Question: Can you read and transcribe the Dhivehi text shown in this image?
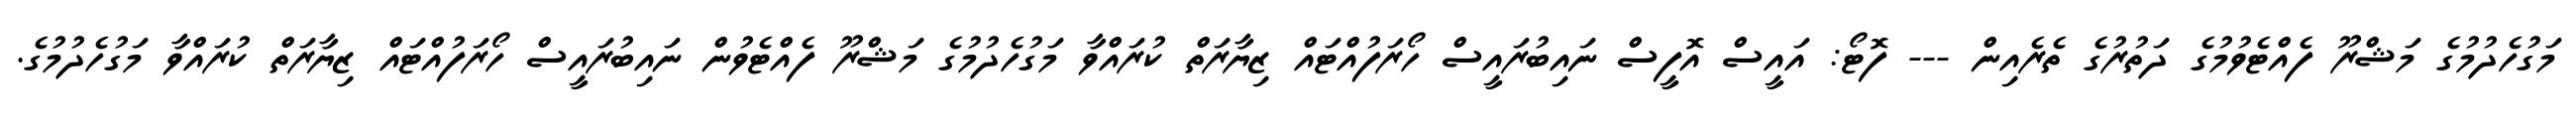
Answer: މަގުހެދުމުގެ މަޝްރޫ ފެއްޓެވުމުގެ ދަތުރުގެ ތެރެއިން --- ފޮޓޯ: އައީސް އޮފީސް ނައިބުރައީސް ހޯރަފުއްޓައް ޒިޔާރަތް ކުރައްވާ މަގުހެދުމުގެ މަޝްރޫ ފެއްޓެވުން ނައިބުރައީސް ހޯރަފުއްޓައް ޒިޔާރަތް ކުރައްވާ މަގުހެދުމުގެ.